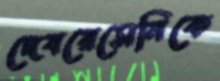
দেবরেসেনিকে